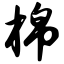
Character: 棉